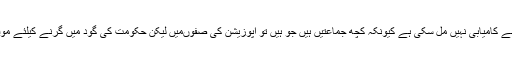
ابھی تک اس میں اسے کامیابی نہیں مل سکی ہے کیونکہ کچھ جماعتیں ہیں جو ہیں تو اپوزیشن کی صفوںمیں لیکن حکومت کی گود میں گرنے کیلئے موقع کی تاک میں ہیں۔